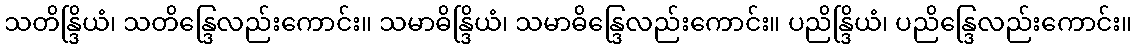
သတိန္ဒြိယံ၊ သတိန္ဒြေလည်းကောင်း။ သမာဓိန္ဒြိယံ၊ သမာဓိန္ဒြေလည်းကောင်း။ ပညိန္ဒြိယံ၊ ပညိန္ဒြေလည်းကောင်း။